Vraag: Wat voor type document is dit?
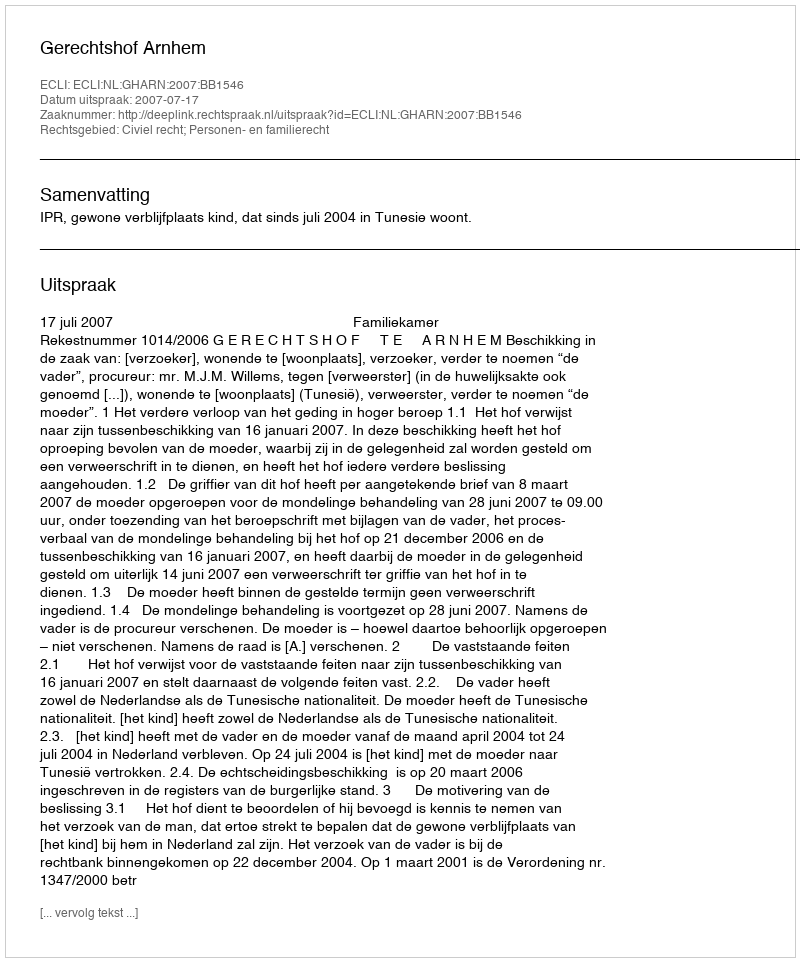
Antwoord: Uitspraak